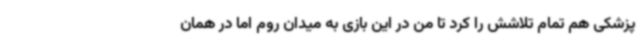
پزشکی هم تمام تلاشش را کرد تا من در این بازی به میدان روم اما در همان